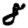
Digit: 8